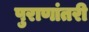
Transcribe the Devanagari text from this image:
पुराणांतरी